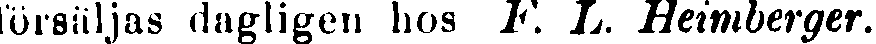
försäljas dagligen hos F. L. Heimberger.